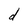
Character: d